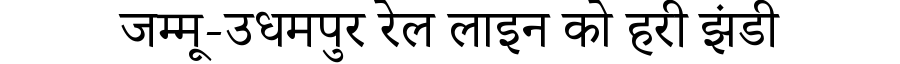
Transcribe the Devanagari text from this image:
जम्मू-उधमपुर रेल लाइन को हरी झंडी